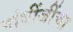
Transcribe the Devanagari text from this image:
गांधींजींचा